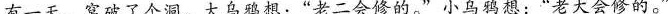
有一天，窝破了个洞。大乌鸦想：“老二会修的。”小乌鸦想：“老大会修的。”